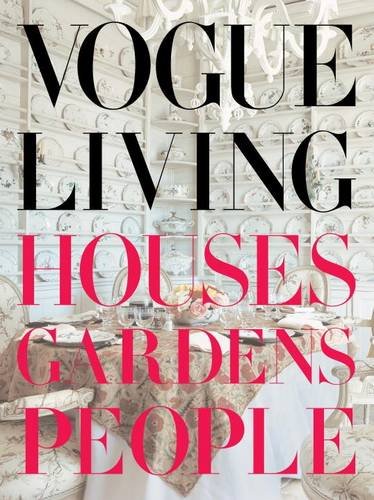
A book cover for Vogue Living: Houses, Gardens, People; Crafts, Hobbies & Home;